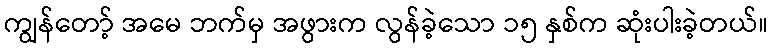
ကျွန်တော့် အမေ ဘက်မှ အဖွားက လွန်ခဲ့သော ၁၅ နှစ်က ဆုံးပါးခဲ့တယ်။